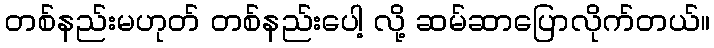
တစ်နည်းမဟုတ် တစ်နည်းပေါ့ လို့ ဆမ်ဆာပြောလိုက်တယ်။